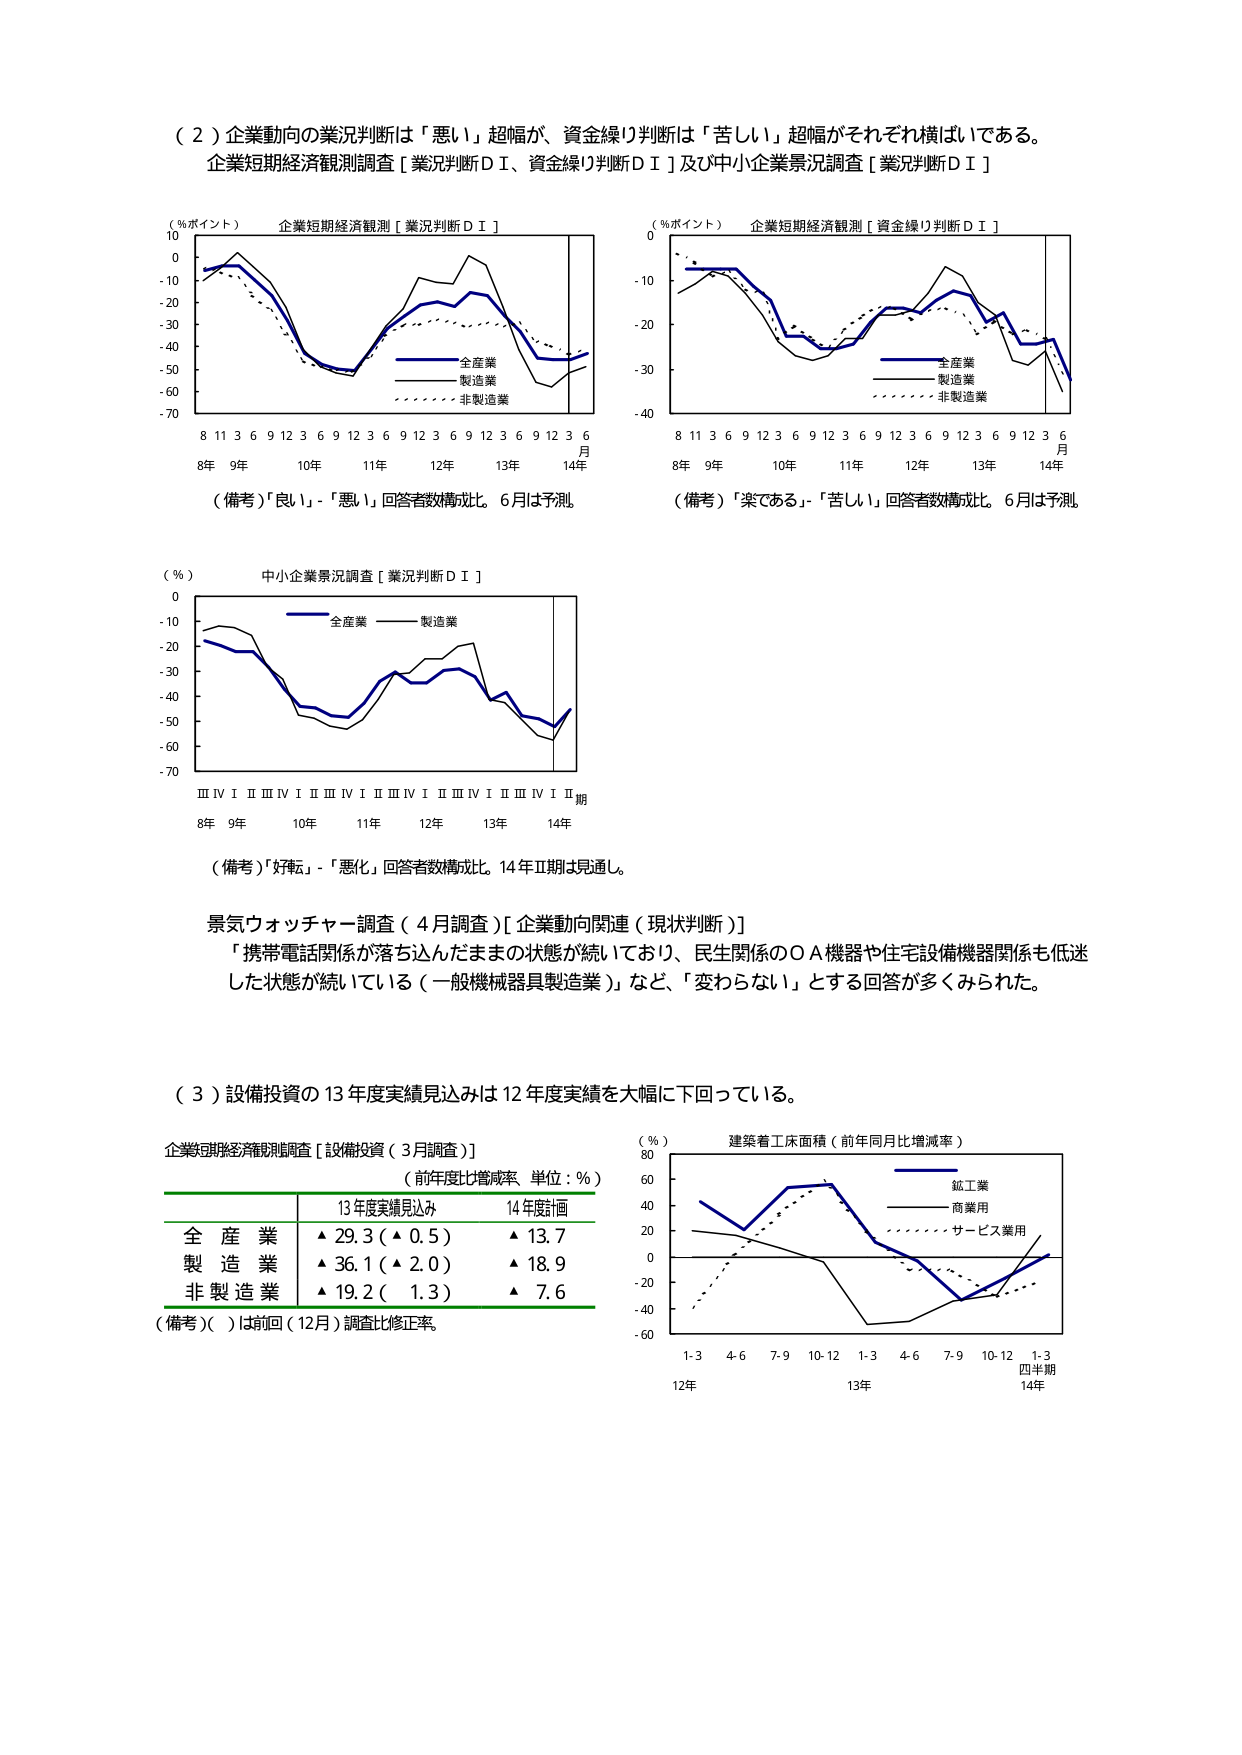
（２）企業動向の業況判断は「悪い」超幅が、資金繰り判断は「苦しい」超幅がそれぞれ横ばいである。
企業短期経済観測調査［業況判断ＤＩ、資金繰り判断ＤＩ］及び中小企業景況調査［業況判断ＤＩ］

（％ポイント） 企業短期経済観測［業況判断ＤＩ］
10
0
-10
-20
-30
-40
-50
-60
-70
8 11 3 6 9 12 3 6 9 12 3 6 9 12 3 6 9 12 3 6
8年 9年 10年 11年 12年 13年 14年
月
全産業
製造業
非製造業
（備考）「良い」-「悪い」回答者数構成比。6月は予測

（％ポイント） 企業短期経済観測［資金繰り判断ＤＩ］
0
-10
-20
-30
-40
8 11 3 6 9 12 3 6 9 12 3 6 9 12 3 6 9 12 3 6
8年 9年 10年 11年 12年 13年 14年
月
全産業
製造業
非製造業
（備考）「楽である」-「苦しい」回答者数構成比。6月は予測

（％） 中小企業景況調査［業況判断ＤＩ］
0
-10
-20
-30
-40
-50
-60
-70
ⅢⅣⅠⅡⅢⅣⅠⅡⅢⅣⅠⅡⅢⅣⅠⅡⅢⅣⅠⅡⅢⅣⅠⅡ期
8年 9年 10年 11年 12年 13年 14年
全産業
製造業
（備考）「好転」-「悪化」回答者数構成比。14年Ⅱ期は見通し。

景気ウォッチャー調査（4月調査）［企業動向関連（現状判断）］
「携帯電話関係が落ち込んだままの状態が続いており、民生関係のＯＡ機器や住宅設備機器関係も低迷した状態が続いている（一般機械器具製造業）」など、「変わらない」とする回答が多くみられた。

（３）設備投資の13年度実績見込みは12年度実績を大幅に下回っている。

企業短期経済観測調査［設備投資（3月調査）］
（前年度比増減率 単位：％）
13年度実績見込み 14年度計画
全産業 ▲29.3（▲0.5） ▲13.7
製造業 ▲36.1（▲2.0） ▲18.9
非製造業 ▲19.2（ 1.3） ▲ 7.6
（備考）（ ）は前回（12月）調査比修正率。

（％） 建築着工床面積（前年同月比増減率）
80
60
40
20
0
-20
-40
-60
1-3 4-6 7-9 10-12 1-3 4-6 7-9 10-12 1-3
12年 13年 14年
四半期
鉱工業
商業用
サービス業用